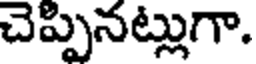
చెప్పినట్లుగా.